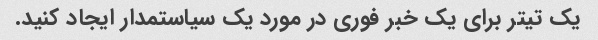
یک تیتر برای یک خبر فوری در مورد یک سیاستمدار ایجاد کنید.